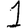
Digit: 1